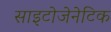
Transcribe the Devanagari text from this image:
साइटोजेनेटिक